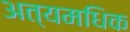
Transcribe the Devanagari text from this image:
अत्यमधिक